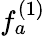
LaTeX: f_{a}^{(1)}